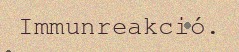
Immunreakció.